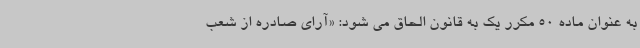
به عنوان ماده 50 مکرر یک به قانون الحاق می شود: «آرای صادره از شعب